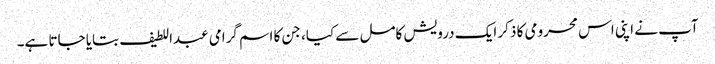
آپ نے اپنی اس محرومی کا ذکر ایک درویش کامل سے کیا، جن کا اسم گرامی عبداللطیف بتایا جاتا ہے۔